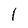
Character: 1